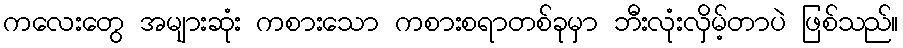
ကလေးတွေ အများဆုံး ကစားသော ကစားစရာတစ်ခုမှာ ဘီးလုံးလှိမ့်တာပဲ ဖြစ်သည်။